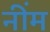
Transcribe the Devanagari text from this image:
नींम